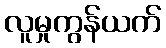
လူမှုကွန်ယက်